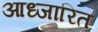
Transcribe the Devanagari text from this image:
आध्जारित